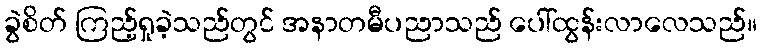
ခွဲစိတ် ကြည့်ရှုခဲ့သည်တွင် အနာတမီပညာသည် ပေါ်ထွန်းလာလေသည်။